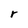
Character: r